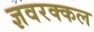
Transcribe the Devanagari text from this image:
ज्ञवरक्कल